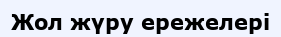
Жол жүру ережелері